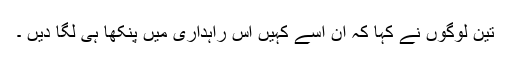
تین لوگوں نے کہا کہ ان اسے کہیں اس راہداری میں پنکھا ہی لگا دیں ۔